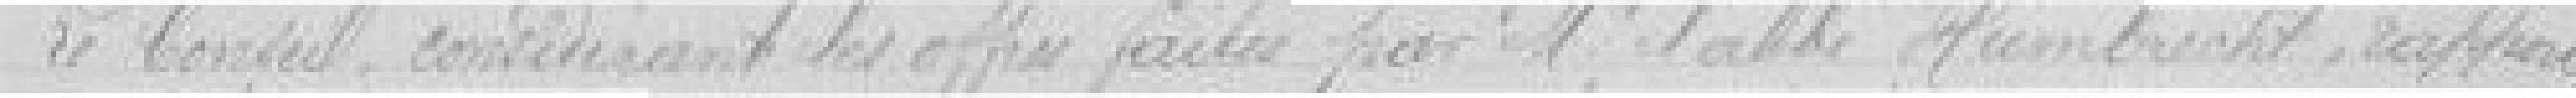
Le Conseil, considérant les offres faites par Monsieur l'Abbé Humbrecht, rapporte